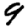
Digit: 9